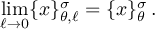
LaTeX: \operatorname * { l i m } _ { \ell \rightarrow 0 } \{ x \} _ { \theta , \ell } ^ { \sigma } = \{ x \} _ { \theta } ^ { \sigma } \, .